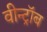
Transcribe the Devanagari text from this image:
वीन्ट्रॉब